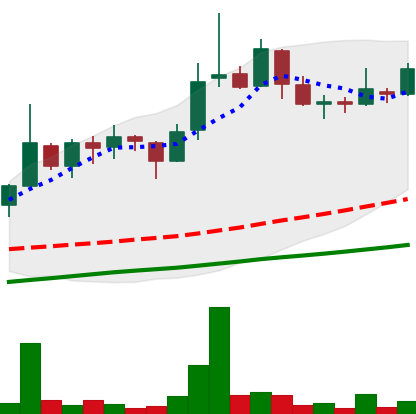
Ticker: LINK-USD
Chart end date: 2018-11-10
Forward return: 3.932%
Label: up_3_5